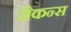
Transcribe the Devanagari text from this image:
सैकन्स